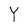
Character: Y